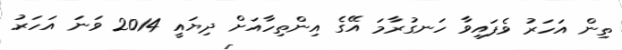
ތިން އަހަރު ވެފައިވާ ހަނގުރާމަ އޭގެ އިންތިހާއަށް ދިޔައީ 2014 ވަނަ އަހަރު